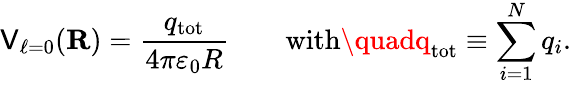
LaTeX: \mathsf{V}_{\ell=0}(\mathbf{{R}})={\frac{{q_{\mathrm{{tot}}}}}{{4\pi\varepsilon_{0}R}}}\qquad{\mathrm{{with}}}\quadq_{\mathrm{{tot}}}\equiv\sum_{i=1}^{N}q_{i}.